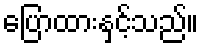
ပြောထားနှင့်သည်။